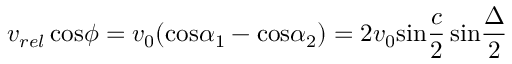
v _ { r e l } \, \mathrm { c o s } \phi = v _ { 0 } ( \mathrm { c o s } \alpha _ { 1 } - \mathrm { c o s } \alpha _ { 2 } ) = 2 v _ { 0 } \mathrm { s i n } { \frac { c } { 2 } } \, \mathrm { s i n } { \frac { \Delta } { 2 } }